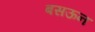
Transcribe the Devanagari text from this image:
बसऊन